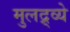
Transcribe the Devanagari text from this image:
मुलद्र्व्ये